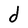
Character: d